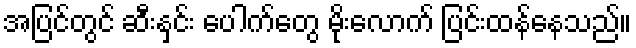
အပြင်တွင် ဆီးနှင်း ပေါက်တွေ မိုးလောက် ပြင်းထန်နေသည်။